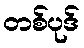
တစ်ပုဒ်